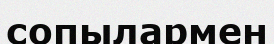
сопылармен